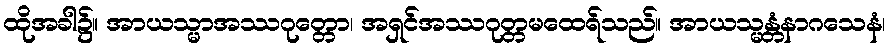
ထိုအခါ၌။ အာယသ္မာအဿဂုတ္တော၊ အရှင်အဿဂုတ္တမထေရ်သည်။ အာယသ္မန္တံနာဂသေနံ၊